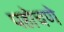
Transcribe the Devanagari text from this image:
पहोचणे